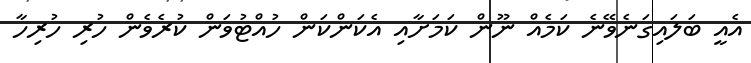
އެއީ ބަލައިގަނެވޭނެ ކަމެއް ނޫން ކަމަށާއި އެކަންކަން ހުއްޓުވަން ކުރެވެން ހުރި ހުރިހާ